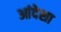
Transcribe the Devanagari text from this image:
आंदेशा